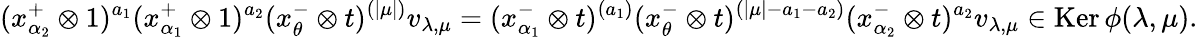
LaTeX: (x_{\alpha_{2}}^{+}\otimes 1)^{a_{1}}(x_{\alpha_{1}}^{+}\otimes 1)^{a_{2}}(x_{\theta}^{-}\otimes t)^{(|\mu|)}v_{\lambda,\mu}=(x_{\alpha_{1}}^{-}\otimes t)^{(a_{1})}(x_{\theta}^{-}\otimes t)^{(|\mu|-a_{1}-a_{2})}(x_{\alpha_{2}}^{-}\otimes t)^{a_{2}}v_{\lambda,\mu}\in\operatorname{Ker}\phi(\lambda,\mu).